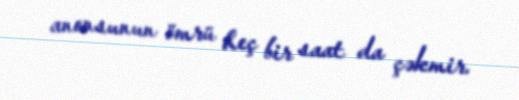
anonsunun ömrü heç bir saat da çəkmir.